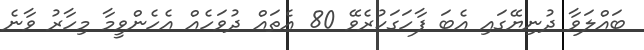
ބައްލަވާ ދުނިޔޭގައި އެބަ ފާހަގަކުރެވޭ 80 އެތައް ދުވަހެއް އެހެންވީމާ މިހާރު ވާނެ